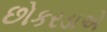
છોકરડાએ